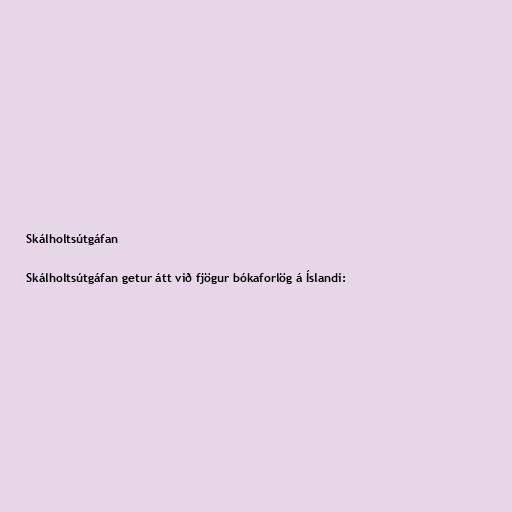
Skálholtsútgáfan

Skálholtsútgáfan getur átt við fjögur bókaforlög á Íslandi: